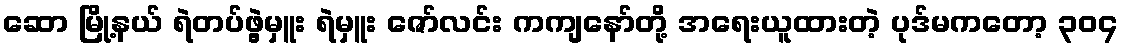
ဆော မြို့နယ် ရဲတပ်ဖွဲ့မှူး ရဲမှူး ဇော်လင်း ကကျနော်တို့ အရေးယူထားတဲ့ ပုဒ်မကတော့ ၃၀၄